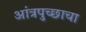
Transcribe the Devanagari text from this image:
आंत्रपुच्छाचा